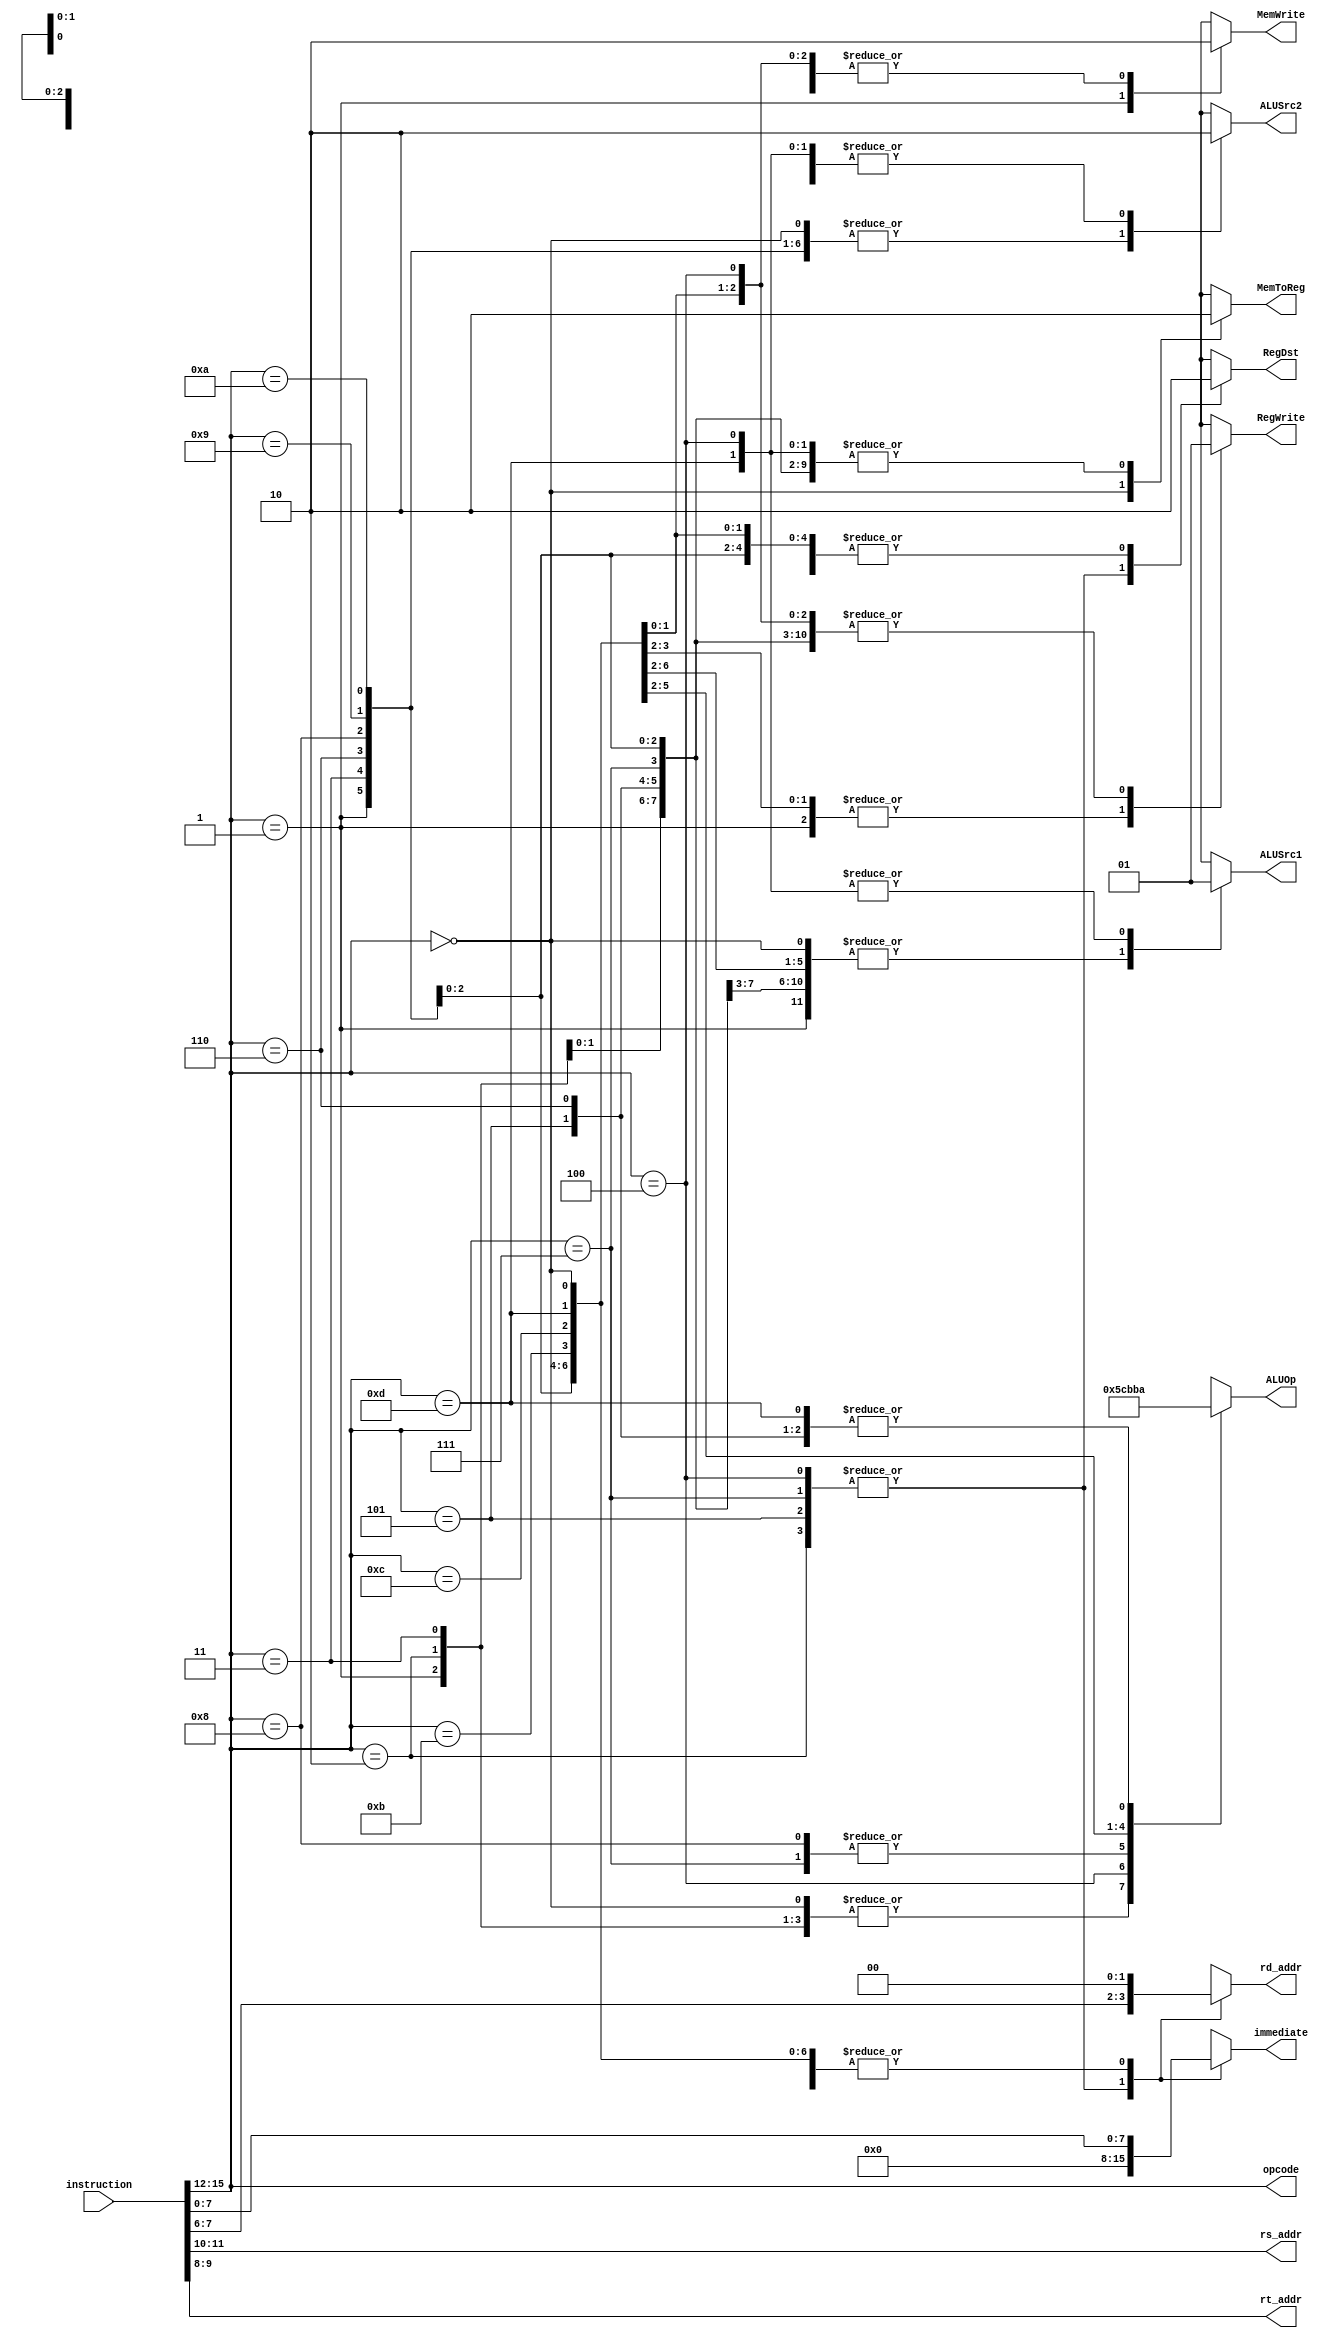
`timescale 1ns / 1ps
//////////////////////////////////////////////////////////////////////////////////
//////////////////////////////////////////////////////////////////////////////////


module inst_decoder(input [15:0] instruction,
output [3:0] opcode,
output [1:0] rs_addr,
output [1:0] rt_addr,
output reg [1:0] rd_addr,
output reg [7:0] immediate,
output reg RegDst,
output reg RegWrite,
output reg ALUSrc1,
output reg ALUSrc2,
output reg [2:0] ALUOp,
output reg MemWrite,
output reg MemToReg);

    assign opcode = instruction[15:12]; 
    assign rs_addr = instruction [11:10];
    assign rt_addr = instruction [9:8];
    
    always @(opcode) begin             
        rd_addr <= 2'bxx;
        immediate <= 8'bxxxxxxxx;
        RegDst <= 1'bx; 
        RegWrite <= 1'bx;
        ALUSrc1 <= 1'bx;
        ALUSrc2 <= 1'bx;
        ALUOp[2:0] <= 3'bxxx;
        MemWrite <= 1'bx;
        MemToReg <= 1'bx;
        case (opcode)
           0:
           begin               
               rd_addr <= 2'b0;
               immediate <= instruction [7:0];
               RegDst <= 1'b0; 
               RegWrite <= 1'b1;
               ALUSrc1 <= 1'b0;
               ALUSrc2 <= 1'b1;
               ALUOp[2:0] <= 3'b000;
               MemWrite <= 1'b0;
               MemToReg <= 1'b1;
           end
           1:
           begin
               rd_addr <= 2'b0;
               immediate <= instruction [7:0];
               RegDst <= 1'bx; 
               RegWrite <= 1'b0;
               ALUSrc1 <= 1'b0;
               ALUSrc2 <= 1'b1;
               ALUOp[2:0] <=  3'b000;
               MemWrite <= 1'b1;
               MemToReg <= 1'bx;
           end
           2:
           begin
               rd_addr <= instruction [7:6];
               immediate <= 6'b0;
               RegDst <= 1'b1; 
               RegWrite <= 1'b1;
               ALUSrc1 <= 1'b0;
               ALUSrc2 <= 1'b0;
               ALUOp[2:0] <= 3'b000;
               MemWrite <= 1'b0;
               MemToReg <= 1'b0;
           end
           3:
           begin
               rd_addr <= 2'b0;
               immediate <= instruction [7:0];
               RegDst <= 1'b0; 
               RegWrite <= 1'b1;
               ALUSrc1 <= 1'b0;
               ALUSrc2 <= 1'b1;
               ALUOp[2:0] <= 3'b000;
               MemWrite <= 1'b0;
               MemToReg <= 1'b0;
           end
           4:
           begin
               rd_addr <= instruction [7:6];
               immediate <= 6'b0;
               RegDst <= 1'b1; 
               RegWrite <= 1'b1;
               ALUSrc1 <= 1'b1;
               ALUSrc2 <= 1'b0;
               ALUOp[2:0] <= 3'b001;
               MemWrite <= 1'b0;
               MemToReg <= 1'b0;
           end
           5:
           begin
               rd_addr <= instruction [7:6];
               immediate <= 6'b0;
               RegDst <= 1'b1; 
               RegWrite <= 1'b1;
               ALUSrc1 <= 1'b0;
               ALUSrc2 <= 1'b0;
               ALUOp[2:0] <= 3'b010;
               MemWrite <= 1'b0;
               MemToReg <= 1'b0;
           end
           6:
           begin
               rd_addr <= 2'b0;
               immediate <= instruction [7:0];
               RegDst <= 1'b0; 
               RegWrite <= 1'b1;
               ALUSrc1 <= 1'b0;
               ALUSrc2 <= 1'b1;
               ALUOp[2:0] <= 3'b010;
               MemWrite <= 1'b0;
               MemToReg <= 1'b0;
           end
           7: 
           begin
               rd_addr <= instruction [7:6];
               immediate <= 6'b0;
               RegDst <= 1'b1; 
               RegWrite <= 1'b1;
               ALUSrc1 <= 1'b0;
               ALUSrc2 <= 1'b0;
               ALUOp[2:0] <= 3'b011;
               MemWrite <= 1'b0;
               MemToReg <= 1'b0;
           end
           8:
           begin
               rd_addr <= 2'b0;
               immediate <= instruction [7:0];
               RegDst <= 1'b0; 
               RegWrite <= 1'b1;
               ALUSrc1 <= 1'b0;
               ALUSrc2 <= 1'b1;
               ALUOp[2:0] <= 3'b011;
               MemWrite <= 1'b0;
               MemToReg <= 1'b0;
           end
           9:
           begin
               rd_addr <= 2'b0;
               immediate <= instruction [7:0];
               RegDst <= 1'b0; 
               RegWrite <= 1'b1;
               ALUSrc1 <= 1'b0;
               ALUSrc2 <= 1'b1;
               ALUOp[2:0] <= 3'b100;
               MemWrite <= 1'b0;
               MemToReg <= 1'b0;
           end
           10:
           begin
               rd_addr <= 2'b0;
               immediate <= instruction [7:0];
               RegDst <= 1'b0; 
               RegWrite <= 1'b1;
               ALUSrc1 <= 1'b0;
               ALUSrc2 <= 1'b1;
               ALUOp[2:0] <= 3'b101;
               MemWrite <= 1'b0;
               MemToReg <= 1'b0;
           end
           11:
           begin
               rd_addr <= 2'b0;
               immediate <= instruction [7:0];
               RegDst <= 1'bx; 
               RegWrite <= 1'b0;
               ALUSrc1 <= 1'b0;
               ALUSrc2 <= 1'b0;
               ALUOp[2:0] <= 3'b110;
               MemWrite <= 1'b0;
               MemToReg <= 1'bx;
           end
           12:
           begin
               rd_addr <= 2'b0;
               immediate <= instruction [7:0];
               RegDst <= 1'bx; 
               RegWrite <= 1'b0;
               ALUSrc1 <= 1'b0;
               ALUSrc2 <= 1'b0;
               ALUOp[2:0] <= 3'b111;
               MemWrite <= 1'b0;
               MemToReg <= 1'bx;
           end
           13:
           begin
               rd_addr <= 2'b0;
               immediate <= instruction [7:0];
               RegDst <= 1'b0; 
               RegWrite <= 1'b1;
               ALUSrc1 <= 1'b1;
               ALUSrc2 <= 1'b0;
               ALUOp[2:0] <= 3'b010;
               MemWrite <= 1'b0;
               MemToReg <= 1'b0;
           end
      endcase    
    end
endmodule